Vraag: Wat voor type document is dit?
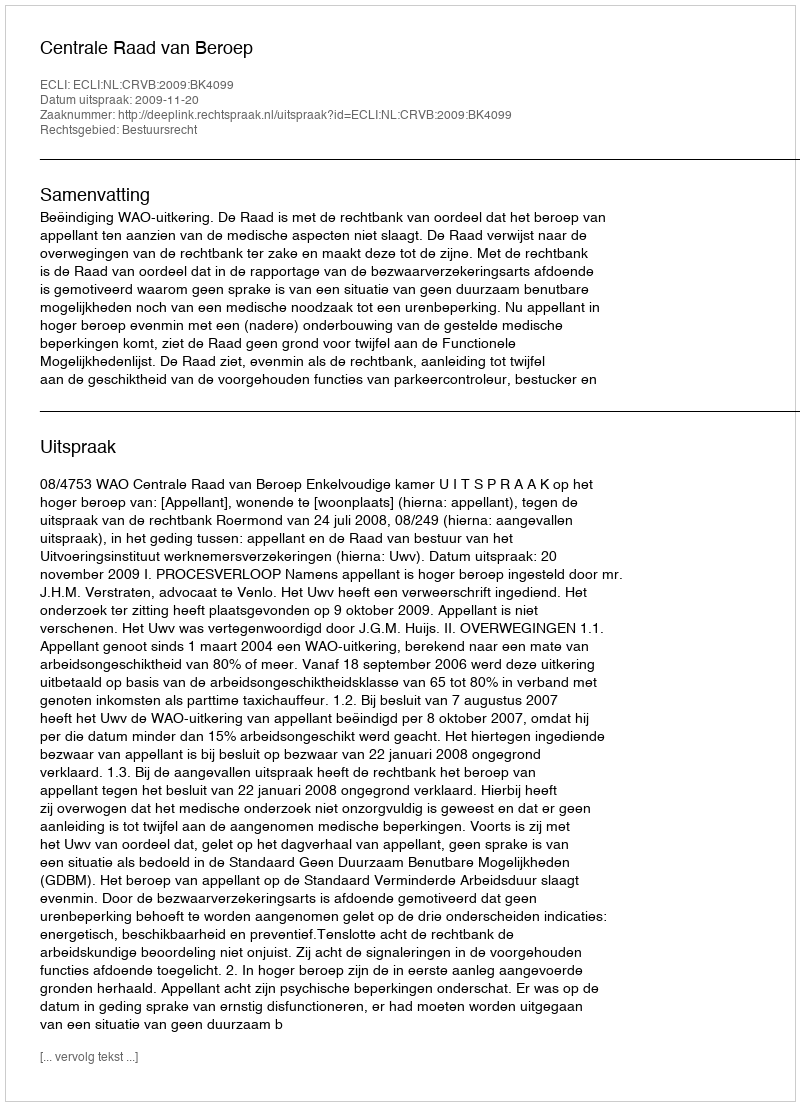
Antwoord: Uitspraak